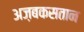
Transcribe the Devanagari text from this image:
अज़बकसतान